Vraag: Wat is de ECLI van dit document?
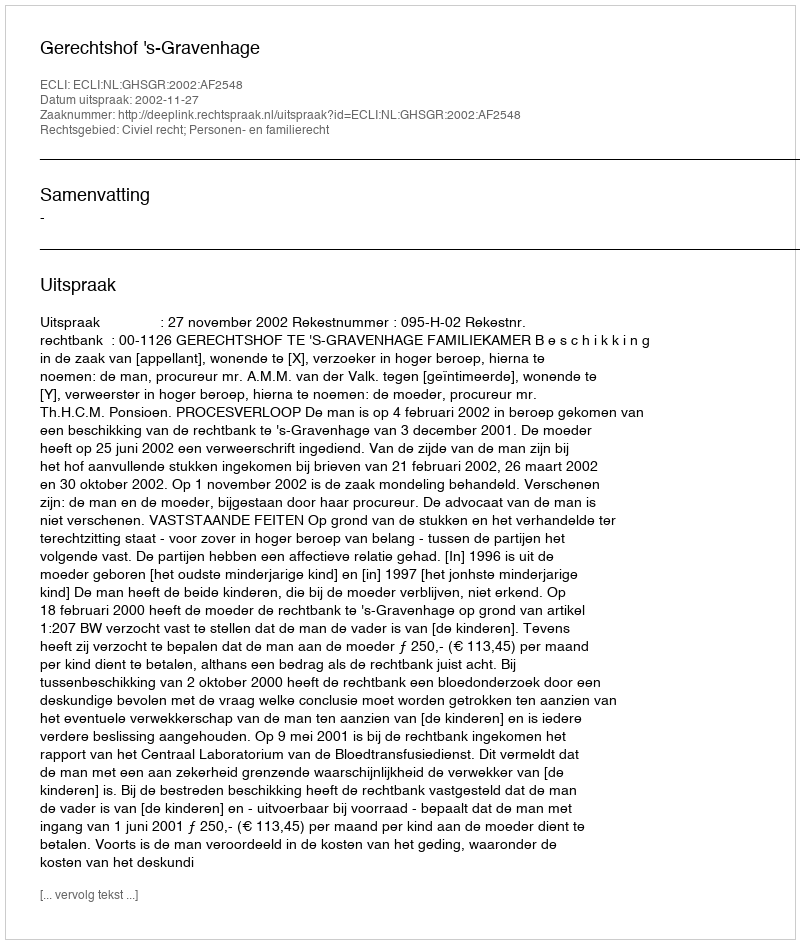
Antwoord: ECLI:NL:GHSGR:2002:AF2548